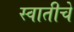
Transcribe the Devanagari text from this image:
स्वातीचे